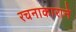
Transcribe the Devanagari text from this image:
रचनाकाराने